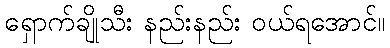
ရှောက်ချိုသီး နည်းနည်း ဝယ်ရအောင်။